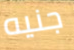
جنيه